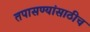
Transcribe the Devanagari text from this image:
तपासण्यांसाठीच